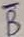
Text: B